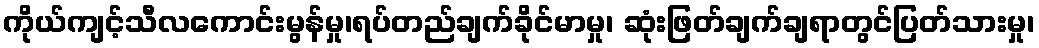
ကိုယ်ကျင့်သီလကောင်းမွန်မှု၊ရပ်တည်ချက်ခိုင်မာမှု၊ ဆုံးဖြတ်ချက်ချရာတွင်ပြတ်သားမှု၊